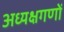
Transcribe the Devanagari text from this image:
अध्यक्षगणों